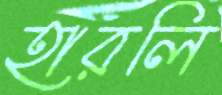
হারলি